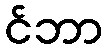
င်ဘာ